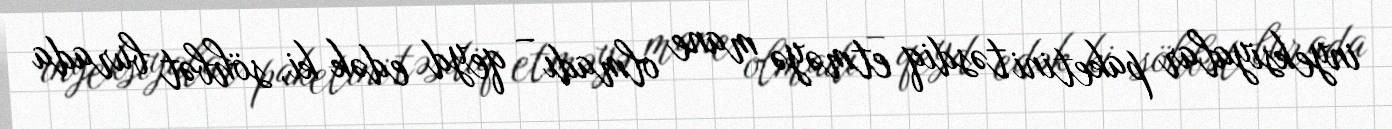
inyeksiyalar paketini təsdiq etməyə mane olmadı – qeyd edək ki, söhbət burada